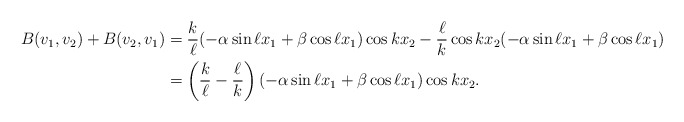
\begin{align*} B(v_1,v_2) + B(v_2,v_1) &= \frac{k}{\ell}(-\alpha \sin \ell x_1 + \beta \cos \ell x_1) \cos k x_2 - \frac{\ell}{k}\cos k x_2 (-\alpha \sin \ell x_1 + \beta \cos \ell x_1) \\& = \left(\frac{k}{\ell} - \frac{\ell}{k}\right)(-\alpha \sin \ell x_1 + \beta \cos \ell x_1) \cos k x_2. \end{align*}